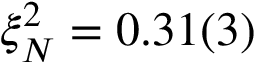
\xi _ { N } ^ { 2 } = 0 . 3 1 ( 3 )